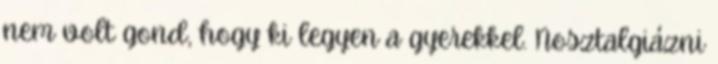
nem volt gond, hogy ki legyen a gyerekkel. Nosztalgiázni